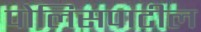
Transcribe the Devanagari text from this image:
पोलिसपाटील